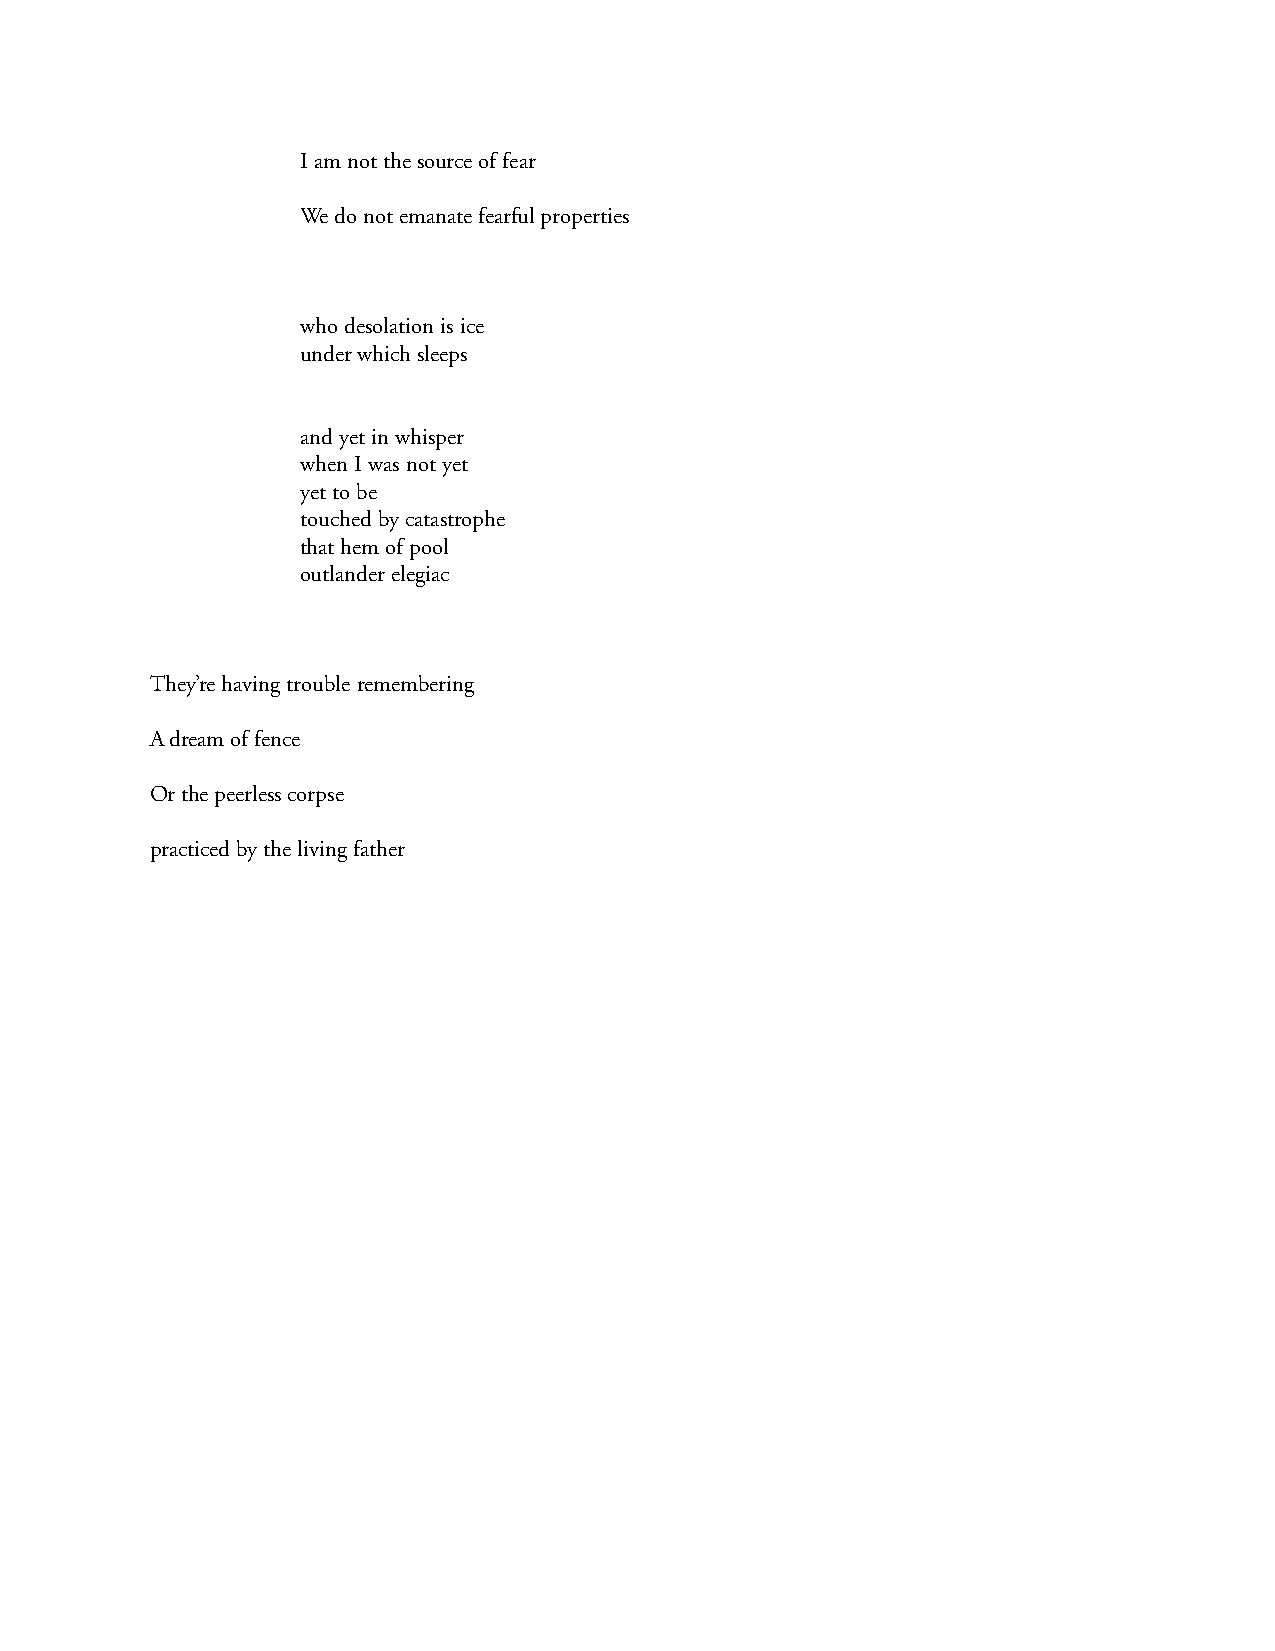
I am not the source of fear
 We do not emanate fearful properties
 who desolation is ice
 under which sleeps
 and yet in whisper
 when I was not yet
 yet to be
 touched by catastrophe
 that hem of pool
 outlander elegiac
 They’re having trouble remembering
 A dream of fence
 Or the peerless corpse
 practiced by the living father